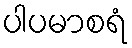
ပါပမာစရံ